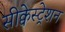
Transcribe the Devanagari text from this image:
सीक्वेस्ट्रेशन